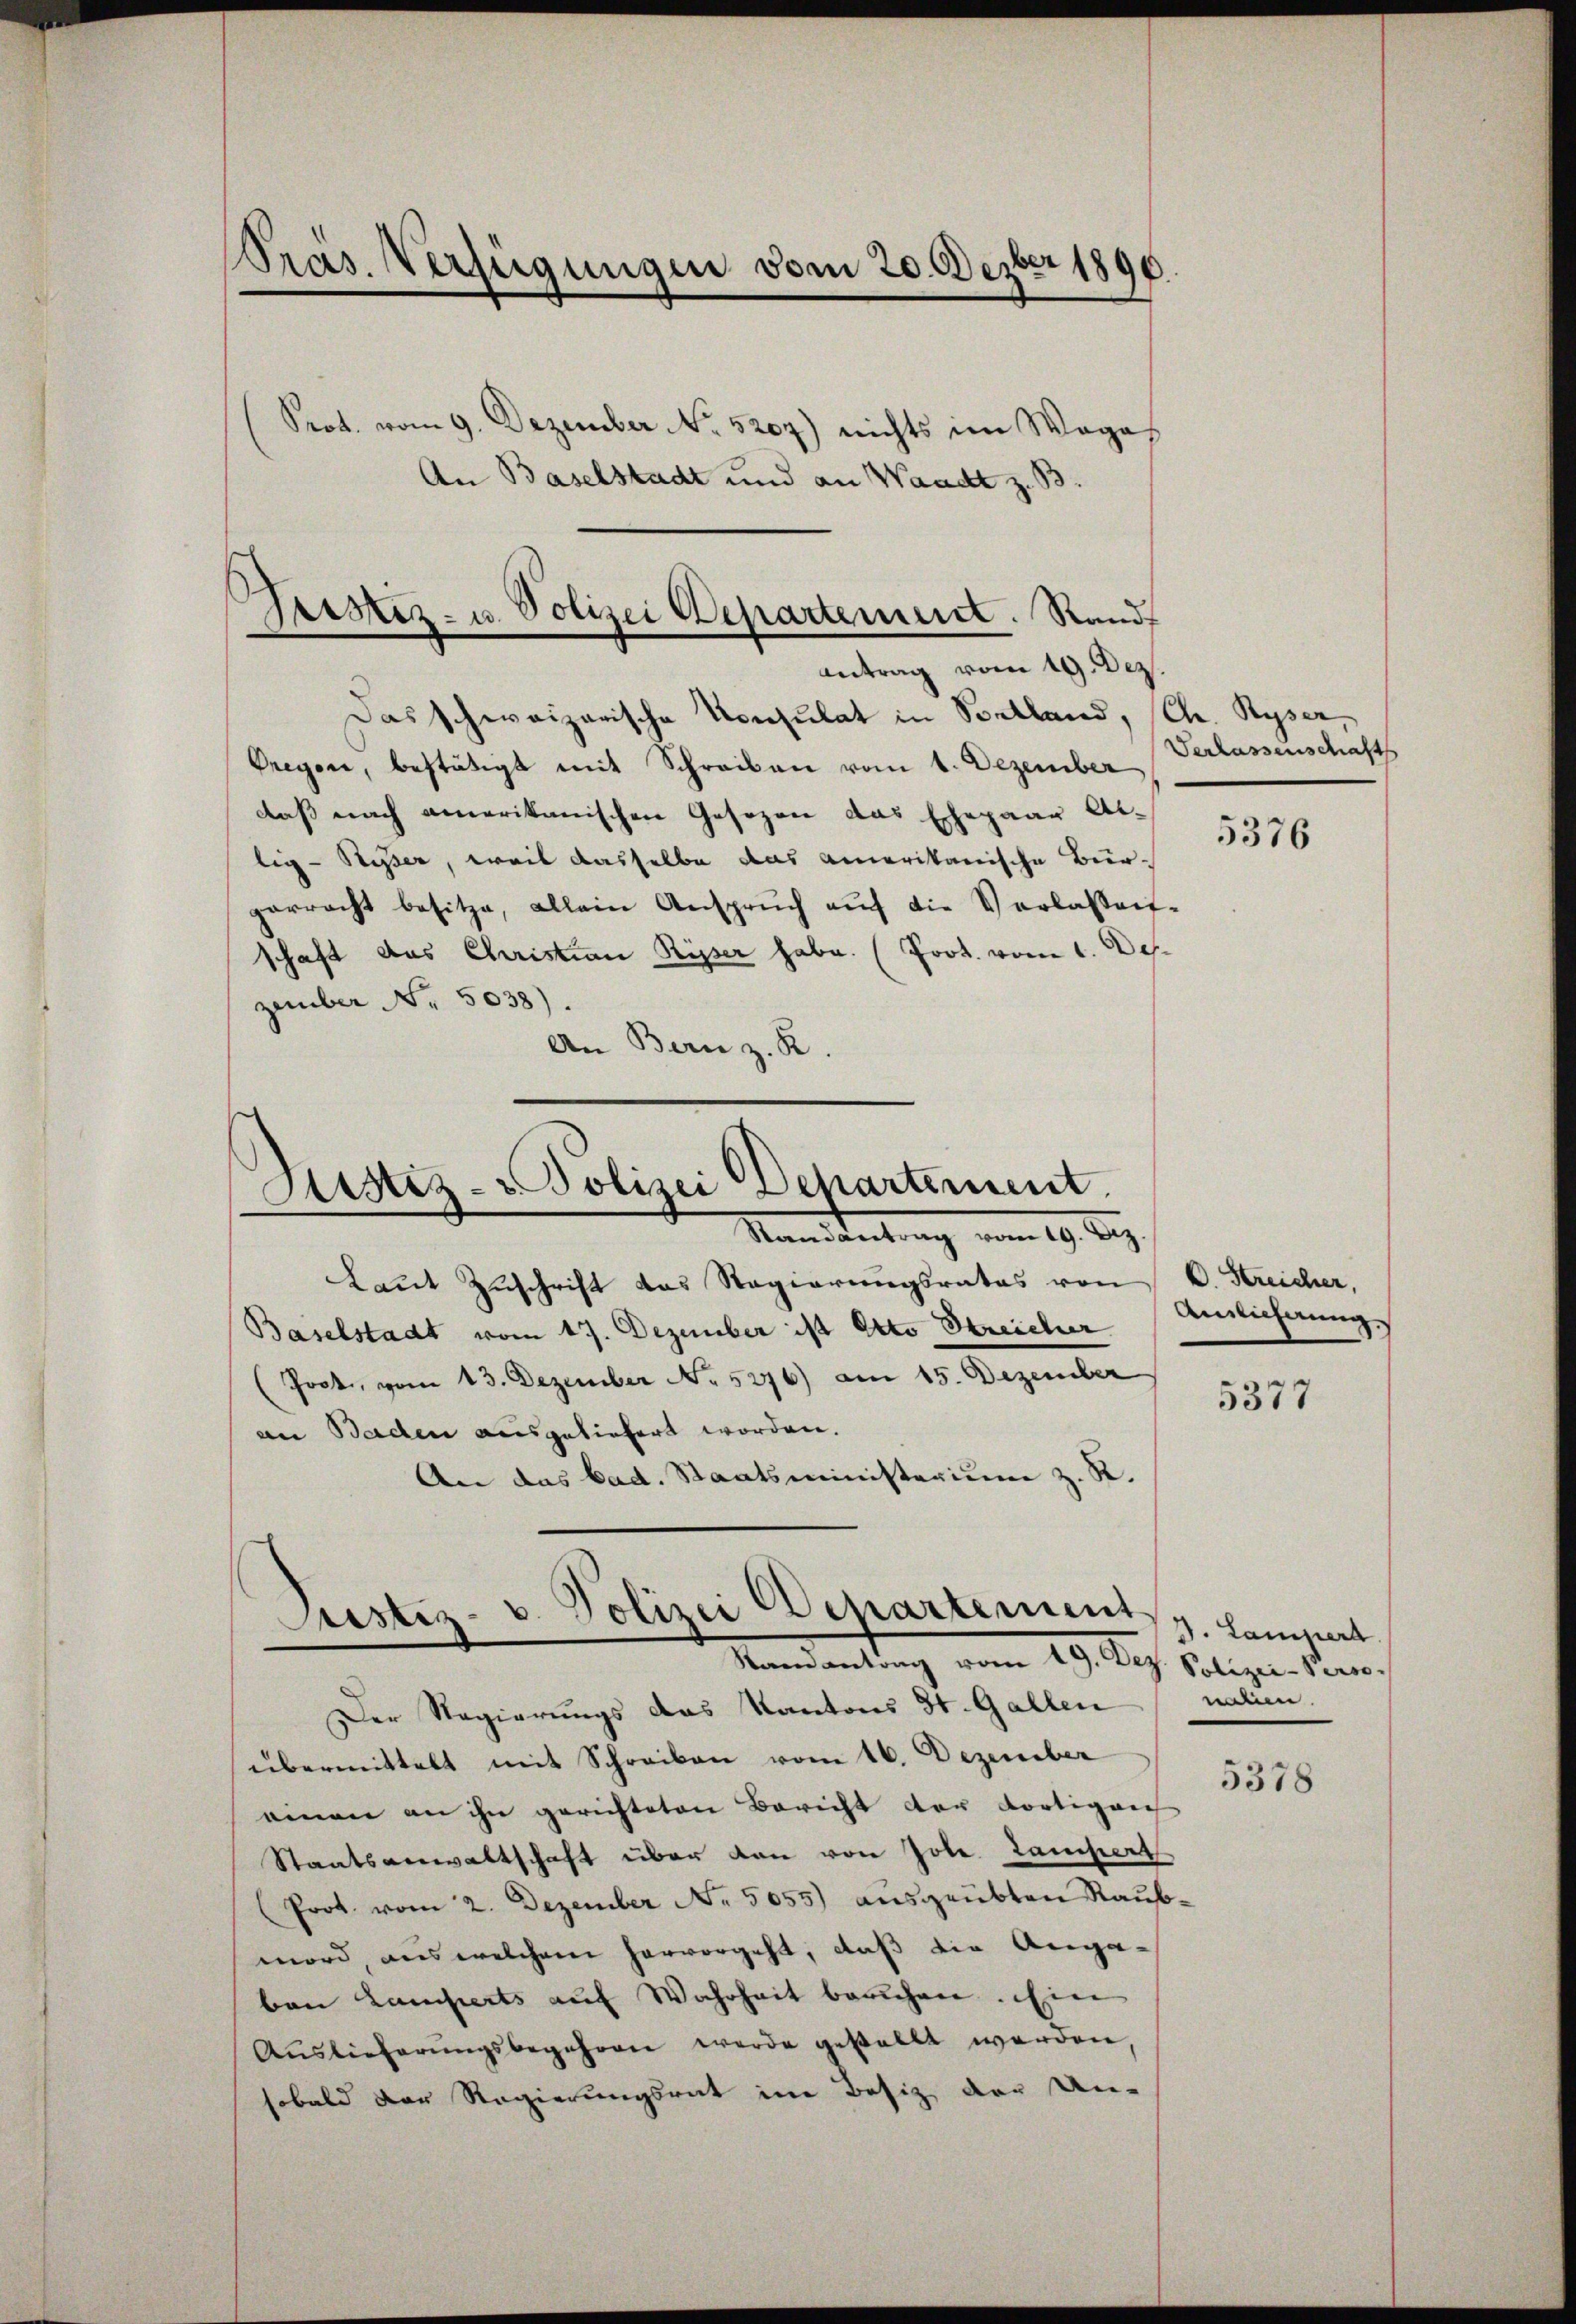
Präs. Verfügungen vom 20. Dezber 1896.

Prot. vom 9. Dezember No. 5207) nichts im Weges
An Baselstadt und an Waadt z. B.

Fristiz- u. Polizei Departement. Rand
Antrag vom 19. Dez.

Das schweizerische Konsulat in Selland, (Ch. Ryser,
Greyen, bestätigt mit Schreiben vom 1. Dezember
daß nach amerikanischen Gesezen das Ehepaar Allig-Riser, weil dasselbe das amerikanische Bürparracht besitze, allein Ansprŭch auf die Verlassen-
schaft das Christian Risser habe. (Prot. vom 1. De
zember Nr. 5038).
An Bern z. R.

Arstiz- Polizei Departement.
Mandteilung vom 19. Aug.

Laut Zuschrift das Regierungsrates von
Baselstadt vom 17. Dezember ist Otto Streicher
(Jost, vom 13. Dezember No. 5276) am 15. Dezember
an Baden ausgeliefert worden.
An das bad. Staatsministerium z. R.

Justiz- u. Polizei Departement
Randantrag vom 19. Dez. Polizei-Perso

Verlassenschafts

Der Regierungs das Kantons St. Gallen nalien.
übermittelt mit Schreiben vom 16. Dezember
einen an ihn gerichteten Bericht der dortiger
Staatsanwaltschaft über dan von Jole. Lampert
(Prot. vom 2. Dezember No. 5055) ausgeübten Raub-
mord, aus welchem hervorgeht, daß die Anga-
bon Lamperts auf Wahrheit brachen. Ein
Auslieferŭngsbegehren werde gestellt werden,
sobald der Regierungsrat im Besitz der Un-

5376

C. Streicher,
Ainlichnung.

5377

5378

J. Lampera